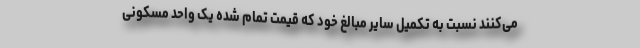
می‌کنند نسبت به تکمیل سایر مبالغ خود که قیمت تمام شده یک واحد مسکونی